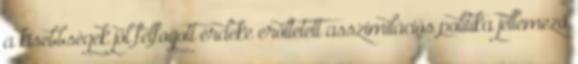
a kisebbségek jól felfogott érdeke erőltetett asszimilációs politika jellemező